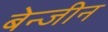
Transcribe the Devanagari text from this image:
बेन्जीन